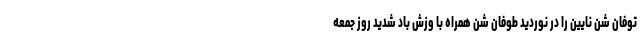
توفان شن نایین را در نوردید طوفان شن همراه با وزش باد شدید روز جمعه